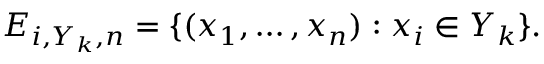
E _ { i , Y _ { k } , n } = \{ ( x _ { 1 } , \ldots , x _ { n } ) : x _ { i } \in Y _ { k } \} .